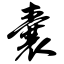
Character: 囊